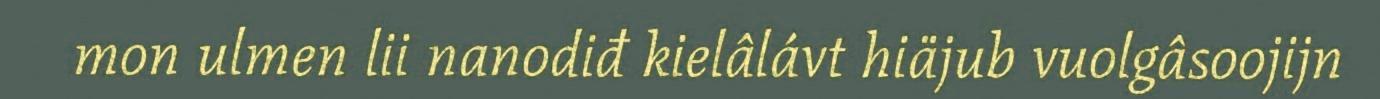
mon ulmen lii nanodiđ kielâlávt hiäjub vuolgâsoojijn